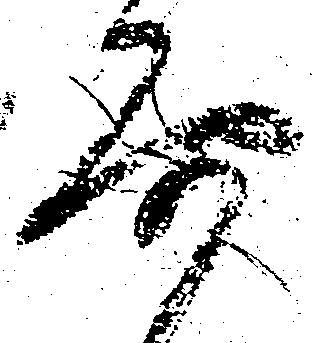
要